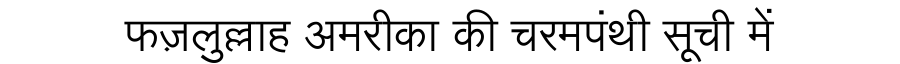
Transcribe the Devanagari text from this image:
फज़लुल्लाह अमरीका की चरमपंथी सूची में